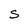
Character: S